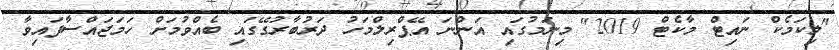
"ލިކަމެކް ނައިޓް މާކެޓް 2019" މިނަމުގައި އަންނަ އޭޕްރިލްމަހު ދަރުބާރުގޭގައި ބެއްވުމަށް ހަމަޖައްސާފައިވާ